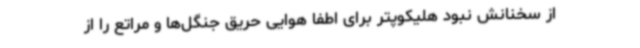
از سخنانش نبود هلیکوپتر برای اطفا هوایی حریق جنگل‌ها و مراتع را از